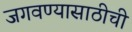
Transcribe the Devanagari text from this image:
जगवण्यासाठीची